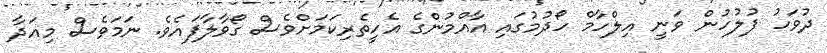
ދުވަހު ފުލުހުން ވަނީ އިލްހާމް ހޯދުމުގައި އާއްމުންގެ އެހީތެރިކަމަށްވެސް ގޯވާލާފައެވެ. ނަމަވެސް މިއަދާ